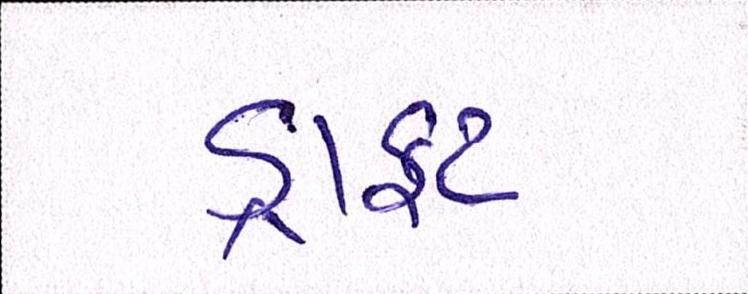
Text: ડ્રાફ્ટ